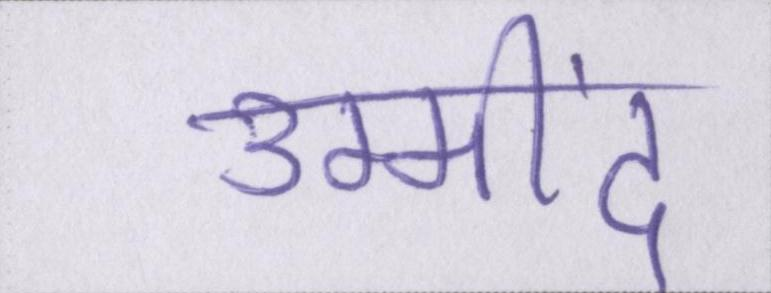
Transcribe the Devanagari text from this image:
उम्मींद